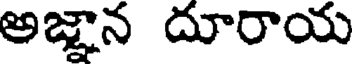
అజ్ఞాన దూరాయ